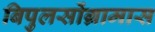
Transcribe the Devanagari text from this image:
बिपुलसोंग्रामास